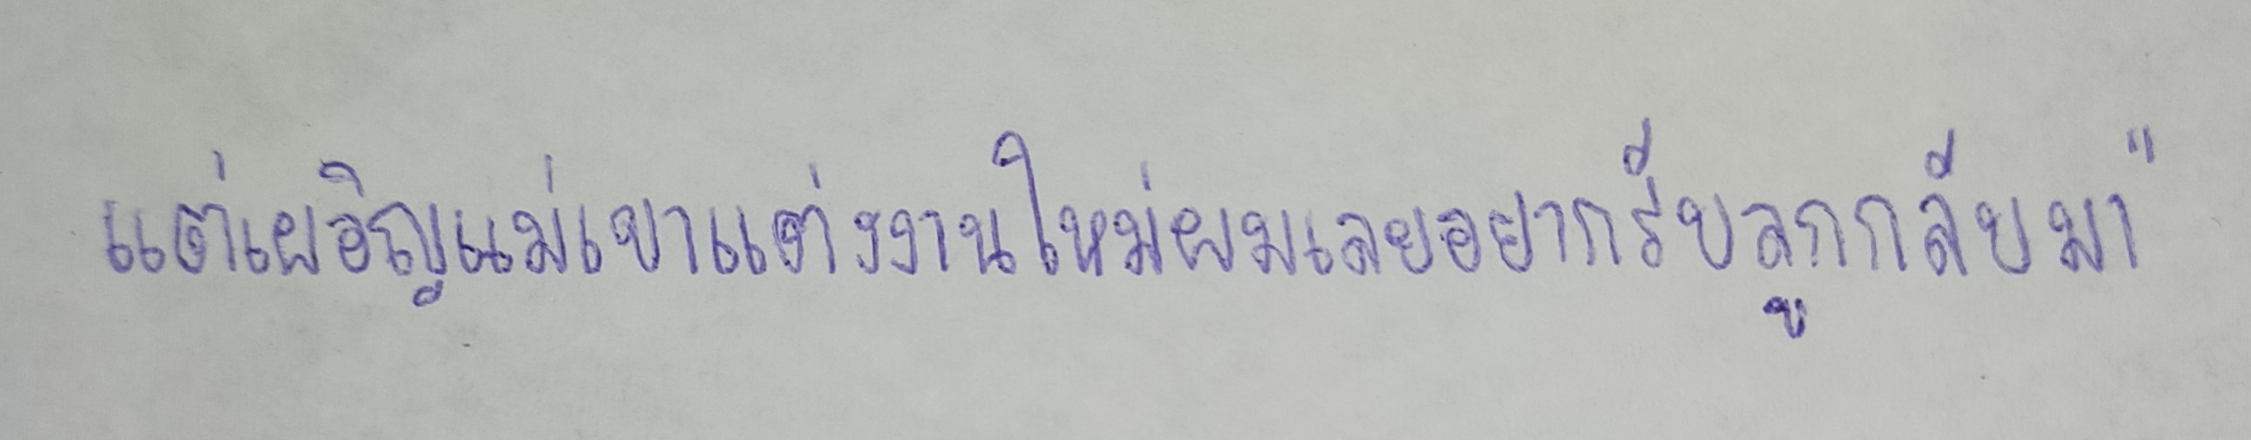
แต่เผอิญแม่เขาแต่งงานใหม่ผมเลยอยากรับลูกกลับมา"